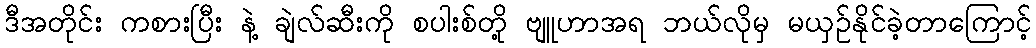
ဒီအတိုင်း ကစားပြီး နဲ့ ချဲလ်ဆီးကို စပါးစ်တို့ ဗျူဟာအရ ဘယ်လိုမှ မယှဉ်နိုင်ခဲ့တာကြောင့်